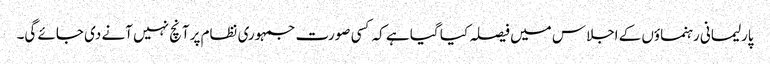
پارلیمانی رہنماؤں کے اجلاس میں فیصلہ کیا گیا ہے کہ کسی صورت جمہوری نظام پرآنچ نہیں آنے دی جائے گی۔